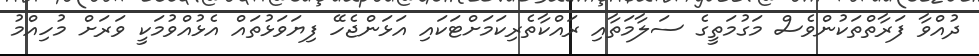
ދުއްވާ ފަރާތްތަކުންވެސް މަގުމަތީގެ ސަލާމަތާއި ރައްކާތެރިކަމަށްޓަކައި އަޅަންޖެހޭ ފިޔަވަޅުތައް އެޅުއްވުމަކީ ވަރަށް މުހިއްމު